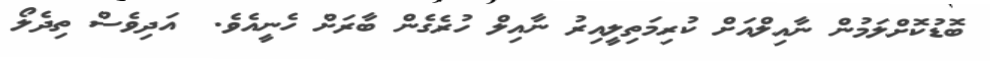
ބޮޑުކޮށްލަމުން ނާއިލްއަށް ކުރިމަތިލީއިރު ނާއިލް ހުރެގެން ބާރަށް ހެނީއެވެ.  އަދިވެސް ތިދެލޯ